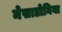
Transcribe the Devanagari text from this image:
मेसाडोनिया